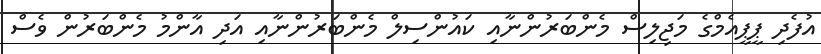
އުފެދި ޕީޕީއެމްގެ މަޖިލިސް މެންބަރުންނާއި ކައުންސިލް މެންބަރުންނާއި އަދި އާންމު މެންބަރުން ވެސް